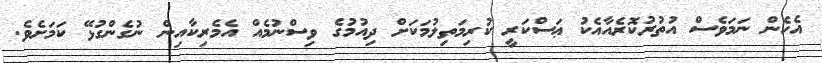
އެހެން ނަމަވެސް އުތުރުކޮރެއާއެކު ޢަސްކަރީ ކުރިމަތިލުމަކަށް ދިއުމުގެ ވިސްނުމެއް އެމެރިކާއިން ނުގެންގުޅޭ ކަމަށެވެ.